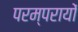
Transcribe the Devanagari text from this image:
परम्परायों